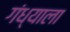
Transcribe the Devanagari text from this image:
गंध्याला